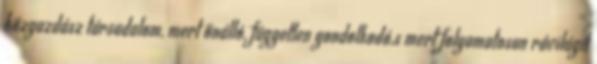
közgazdász társadalom, mert önálló, független gondolkodó,s mert folyamatosan rávilágít